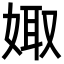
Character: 娵